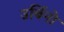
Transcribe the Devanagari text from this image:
उर्बिनो